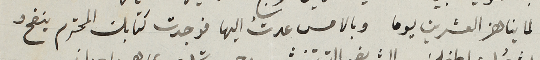
لما يناهز العشرين يوما وبالامس عدتُ اليها فوجدت كتابك المحترم بنفح و